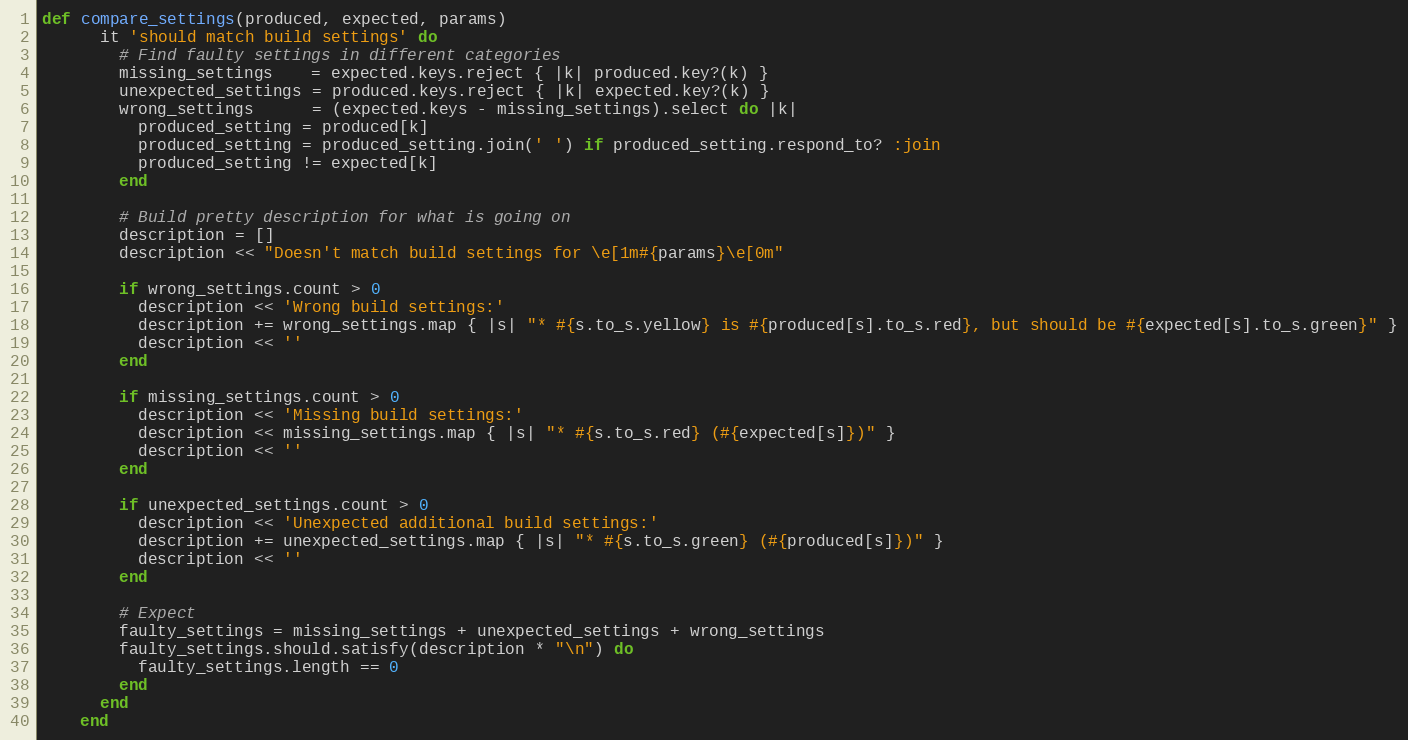
Language: Ruby
def compare_settings(produced, expected, params)
      it 'should match build settings' do
        # Find faulty settings in different categories
        missing_settings    = expected.keys.reject { |k| produced.key?(k) }
        unexpected_settings = produced.keys.reject { |k| expected.key?(k) }
        wrong_settings      = (expected.keys - missing_settings).select do |k|
          produced_setting = produced[k]
          produced_setting = produced_setting.join(' ') if produced_setting.respond_to? :join
          produced_setting != expected[k]
        end

        # Build pretty description for what is going on
        description = []
        description << "Doesn't match build settings for \e[1m#{params}\e[0m"

        if wrong_settings.count > 0
          description << 'Wrong build settings:'
          description += wrong_settings.map { |s| "* #{s.to_s.yellow} is #{produced[s].to_s.red}, but should be #{expected[s].to_s.green}" }
          description << ''
        end

        if missing_settings.count > 0
          description << 'Missing build settings:'
          description << missing_settings.map { |s| "* #{s.to_s.red} (#{expected[s]})" }
          description << ''
        end

        if unexpected_settings.count > 0
          description << 'Unexpected additional build settings:'
          description += unexpected_settings.map { |s| "* #{s.to_s.green} (#{produced[s]})" }
          description << ''
        end

        # Expect
        faulty_settings = missing_settings + unexpected_settings + wrong_settings
        faulty_settings.should.satisfy(description * "\n") do
          faulty_settings.length == 0
        end
      end
    end